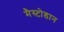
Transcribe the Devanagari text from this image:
मैस्टोडान